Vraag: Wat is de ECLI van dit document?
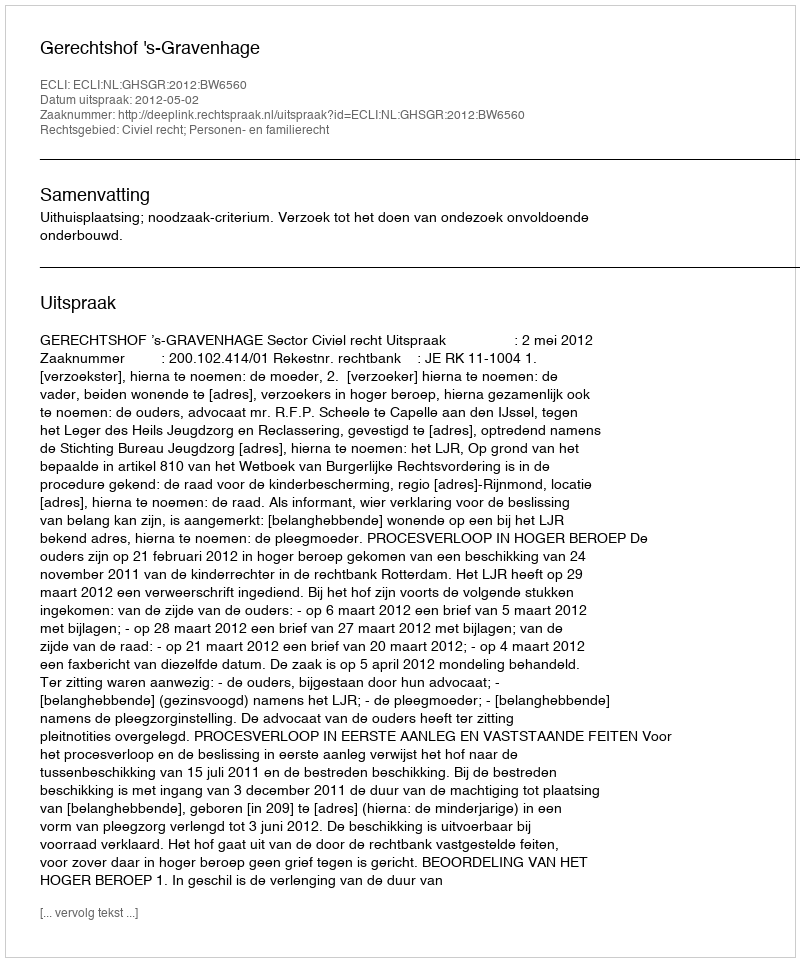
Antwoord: ECLI:NL:GHSGR:2012:BW6560